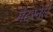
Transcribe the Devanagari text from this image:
मेटरनेले